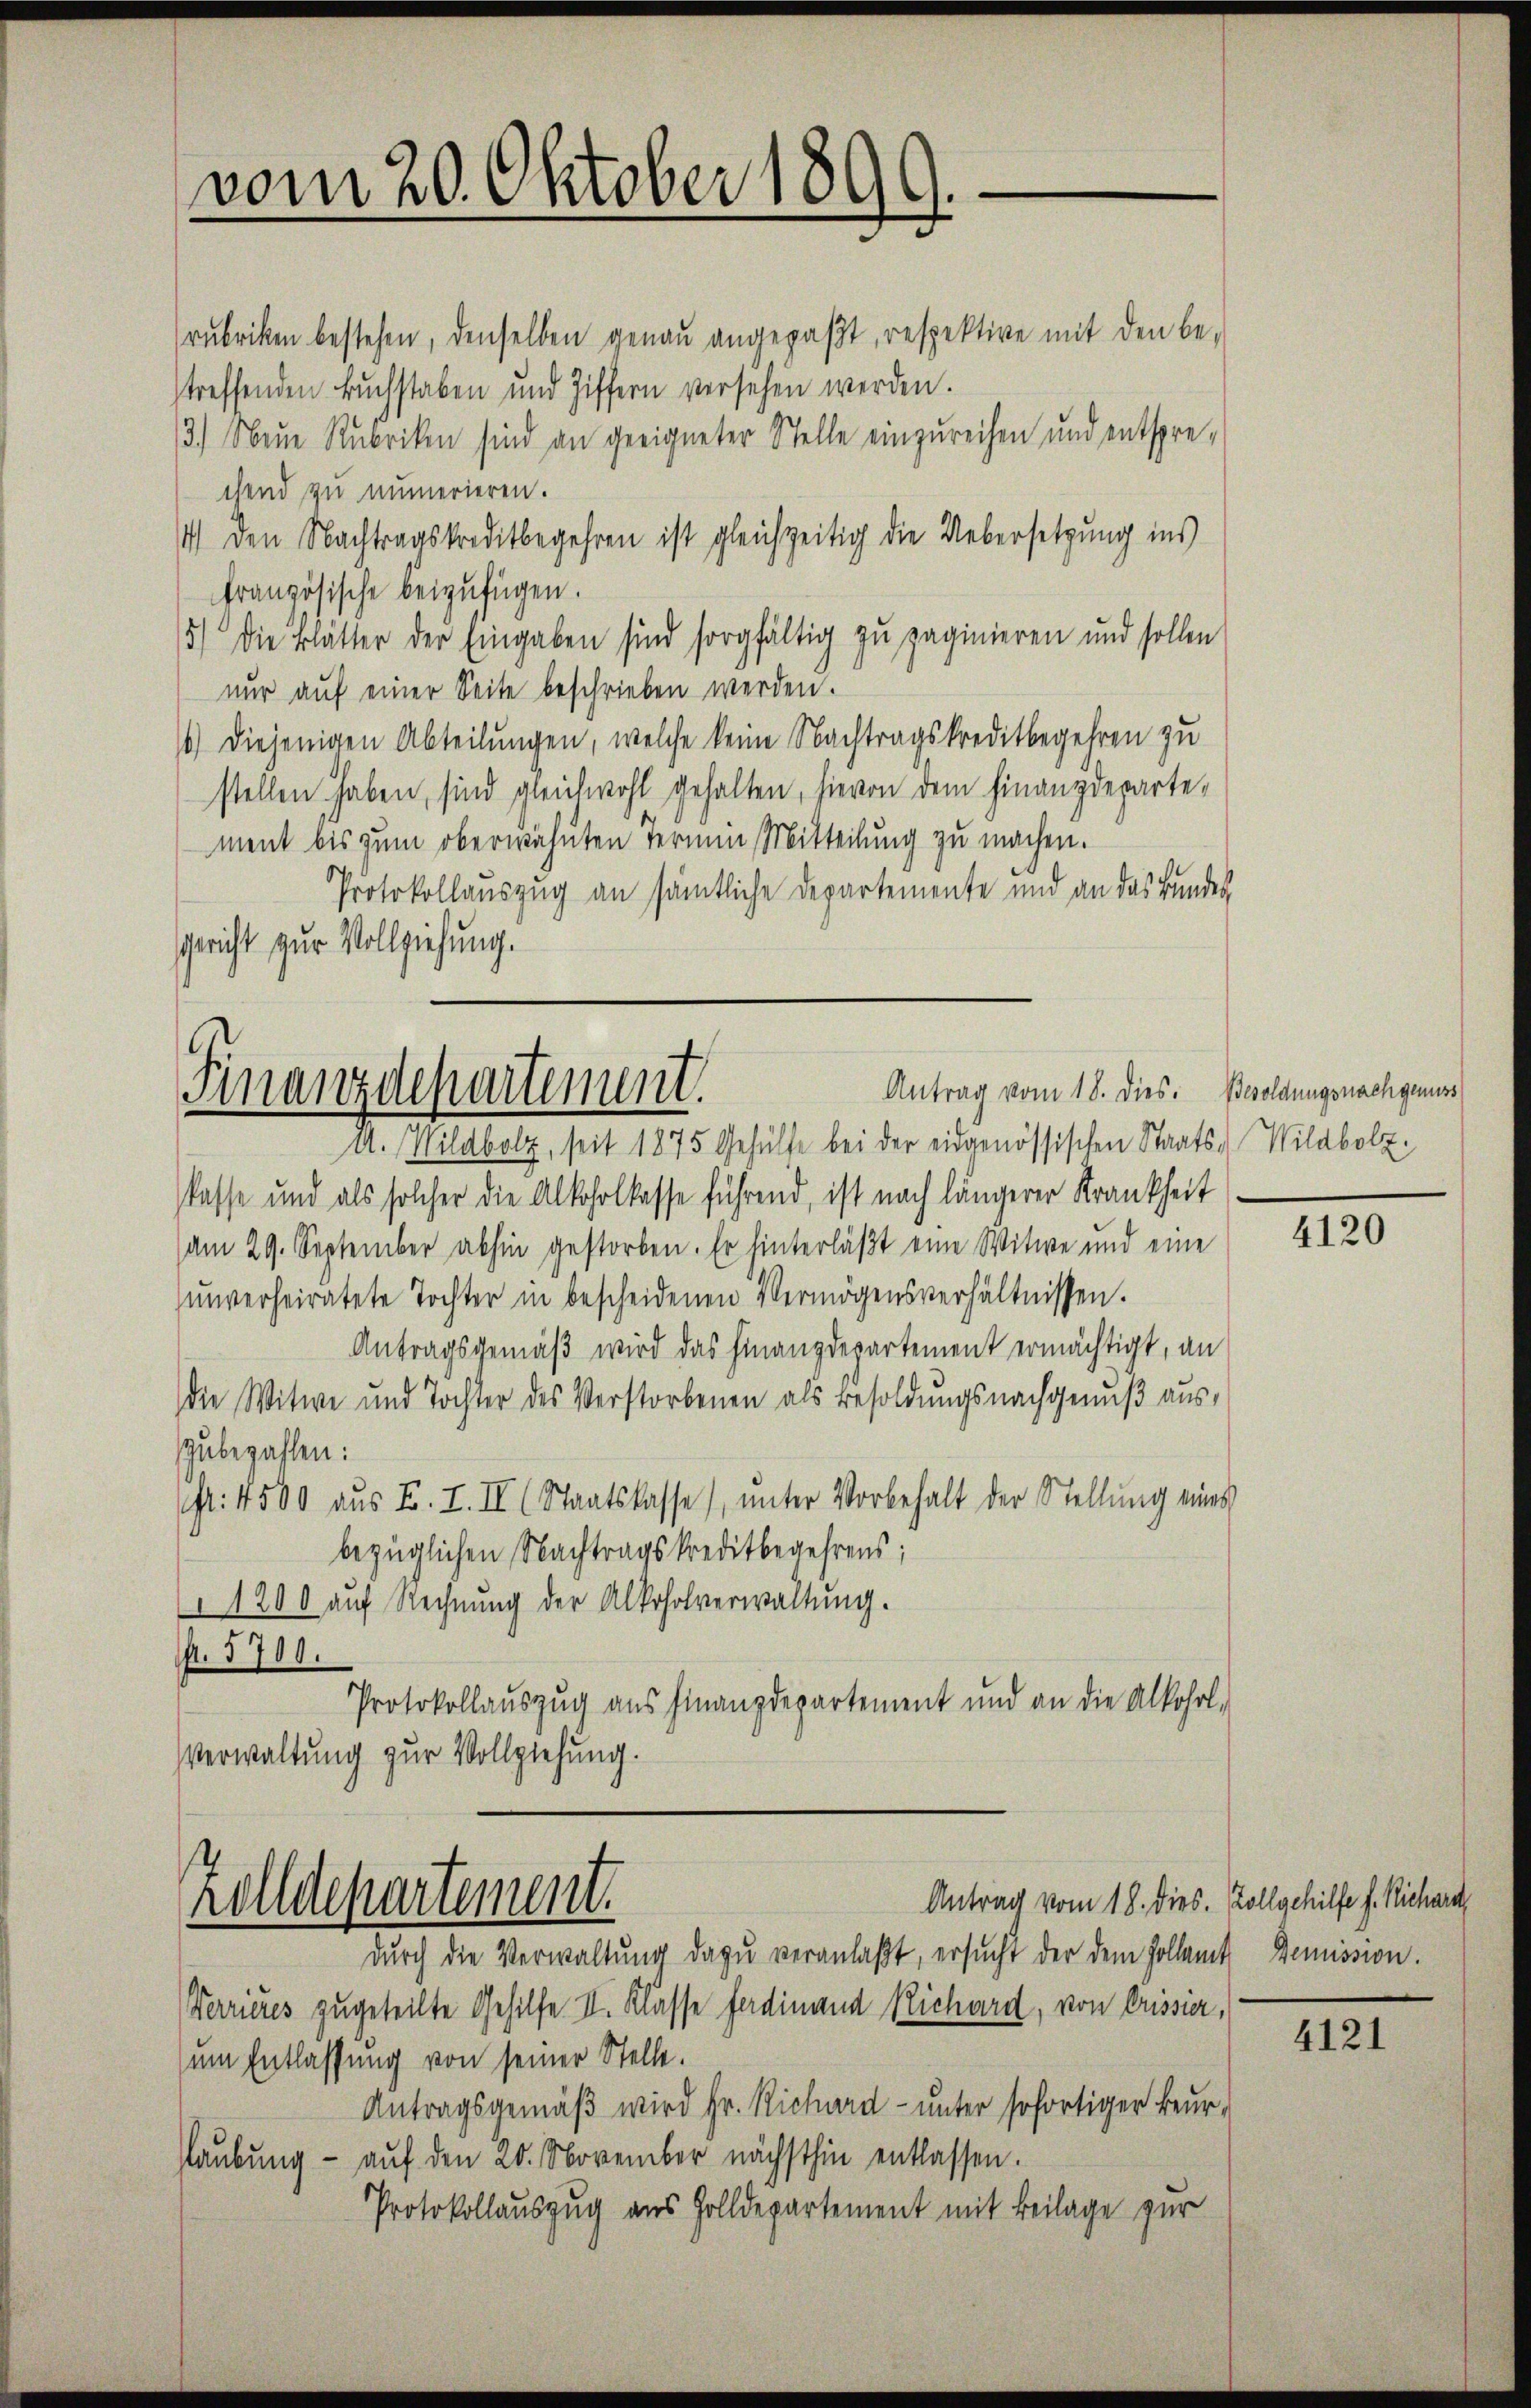
vom 20. Oktober 1890.

Antrag vom 18. dies. Besoldungsnachgenuss
Finanzdepartement.
A. Wildbolz, seit 1875 Gehülfe bei der eidgenössischen Staats-Wildbolz,

Zolldepartement.

rubriken bestehen, denselben genau angepaßt, respektive mit den be-
streffenden Buchstaben und Ziffern versehen werden.
3.) Neue Rubriken sind an geeigneter Stelle einzureihen und entspre-
chend zu numerieren.
14) Den Nachtragskreditbegehren ist gleichzeitig die Uebersetzung ins
französische beizufügen.
15) Die Blätter der Eingaben sind sorgfältig zu zaginieren und sollen
nŭr aŭf einer Seite beschrieben werden.
1) diejenigen Abteilungen, welche keine Nachtragskreditbegehren zu
stellen haben, sind gleichwohl gehalten, hievon dem Finanzdeparte-
ment bis zum oberwähnten Termin Mitteilung zu machen.
Protokollauszug an sämtliche Departemente und an das Bundes-
Gericht zur Vollziehung.

lasse und als solcher die Alkoholkasse führend, ist nach längerer Krankheit
(am 29. September abhin gestorben. Er hinterläßt eine Witwe und eine
unverheiratete Tochter in bescheidenen Vermögensverhältnissen.
Antragsgemäß wird das Finanzdepartement ermächtigt, an
die Witwe und Tochter des Verstorbenen als Besoldungsnachgenuß auszubezahlen:
fr. 4500 aŭs F. I. II (Staatskasse), ŭnter Vorbehalt der Stellŭng eines
bezüglichen Nachtragskreditbegehrens;
1200 auf Rechnung der Alkoholverwaltung.
. 5700.
Protokollauszug aus Finanzdepartement und an die Alkohol-
Verwaltung zur Vollziehung.

Antrag vom 18. dies. Zollgehilfe s. Richara
dŭrch die Verwaltung dazu veranlaßt, ersucht der dem Hollamt
Verrieres zugeteilte Gehilfe II. Klasse Ferdinand Richard, von Crissier,
um Entlassung von seiner Stelle.
Antragsgemäß wird Hr. Richard- unter sofortiger Beur-
aubung - auf den 20. November nächsthin entlassen.
Protokollauszug aus Zolldepartement mit Beilage zur

4120

Demission.

4121